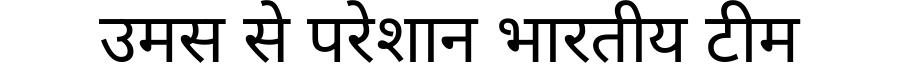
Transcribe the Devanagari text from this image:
उमस से परेशान भारतीय टीम